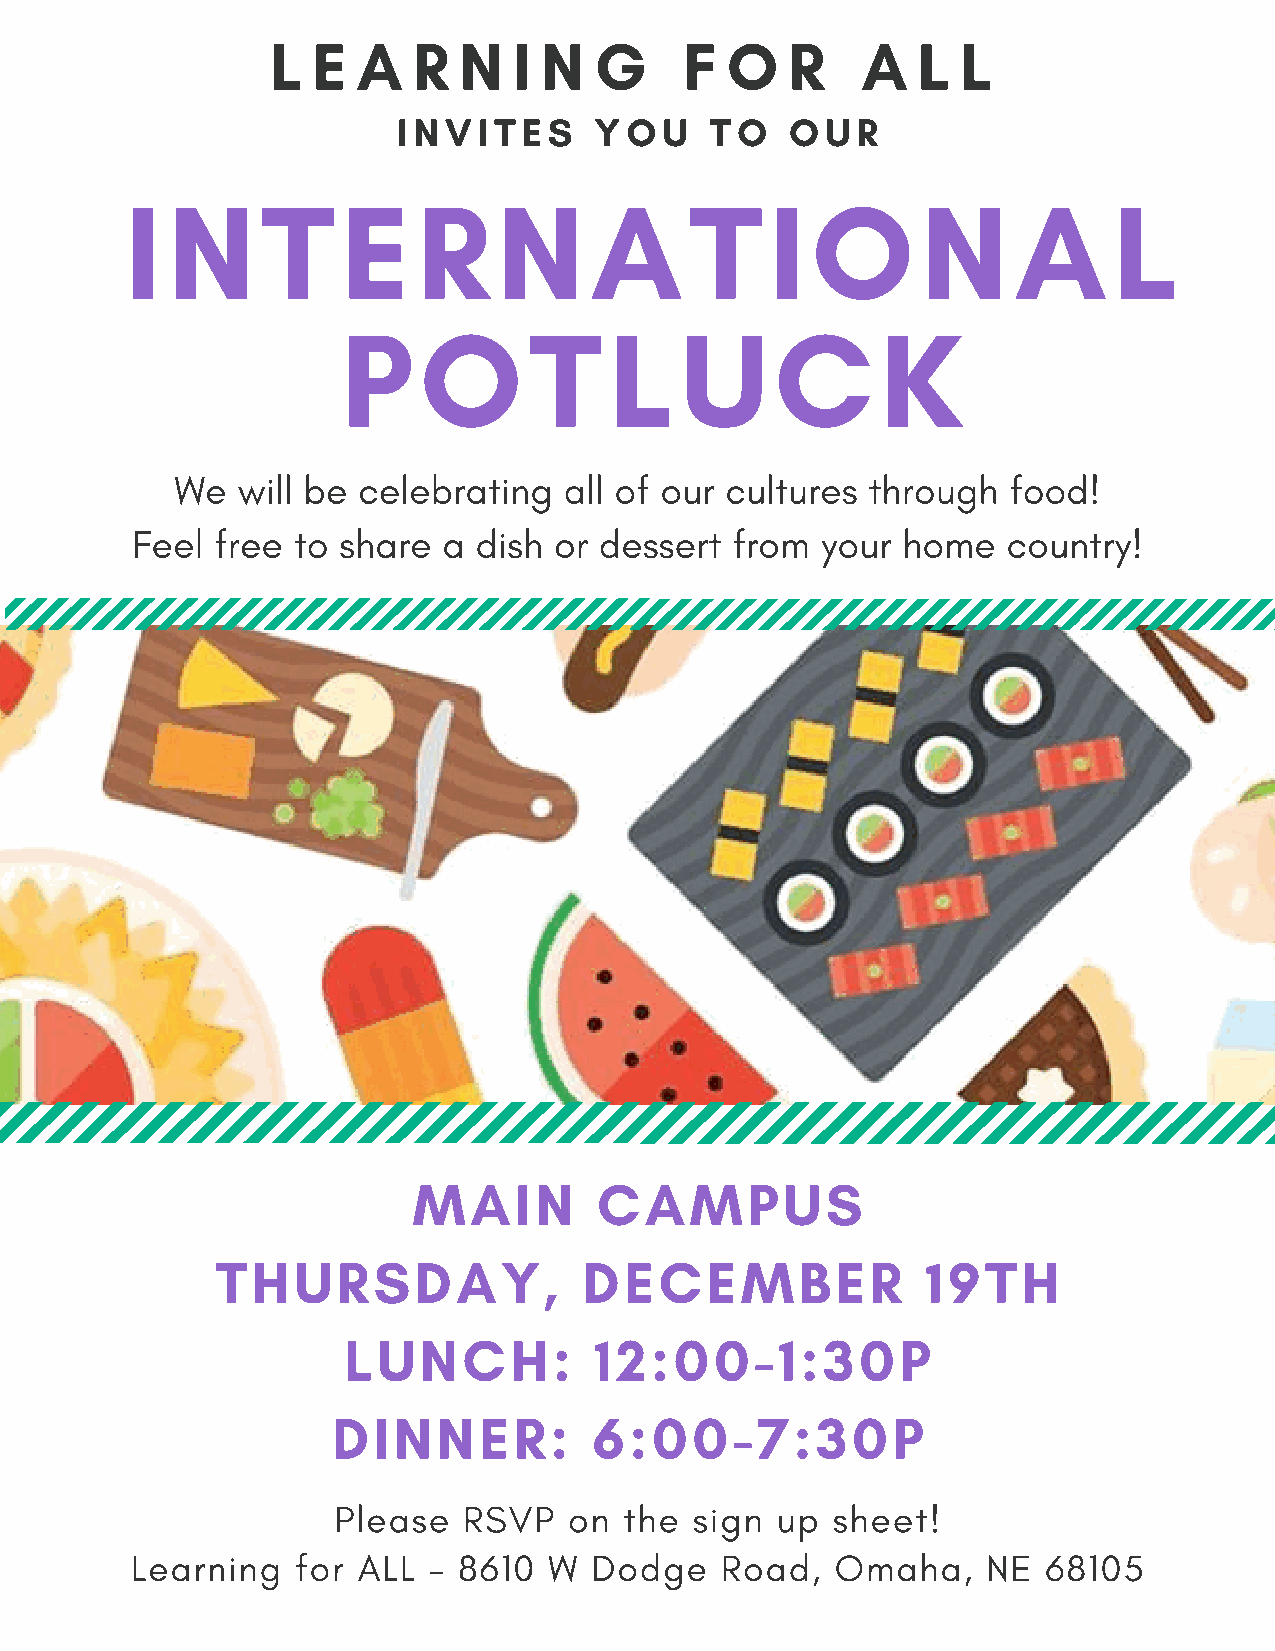
L  E  A  R  N   I N  G     F  O   R    A   L  L
 INVITES      YOU     TO   OUR
 I  N     T     E    R    N     A      T    I  O      N     A      L
 P    O      T    L    U     C      K
 We  will be celebrating  all of our cultures through   food!
 Feel free to share  a dish  or dessert from  your  home   country!
 MAIN         CAMPUS
 THURSDAY,                DECEMBER              19TH
 LUNCH:          12:00-1:30P
 DINNER:          6:00-7:30P
 Please   RSVP   on the  sign up  sheet!
 Learning   for ALL - 8610  W  Dodge    Road,  Omaha,    NE  68105